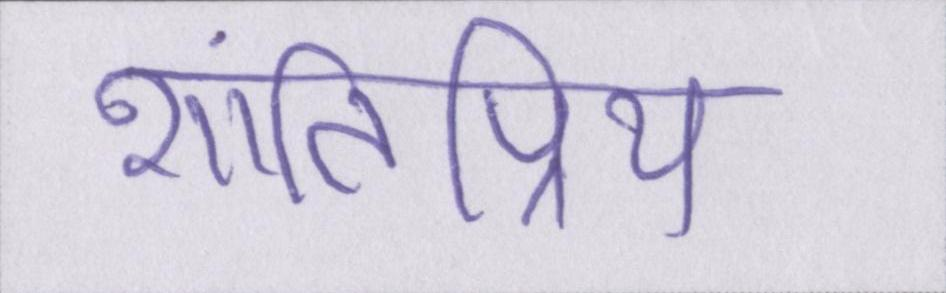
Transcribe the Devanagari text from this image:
शांतिप्रिय